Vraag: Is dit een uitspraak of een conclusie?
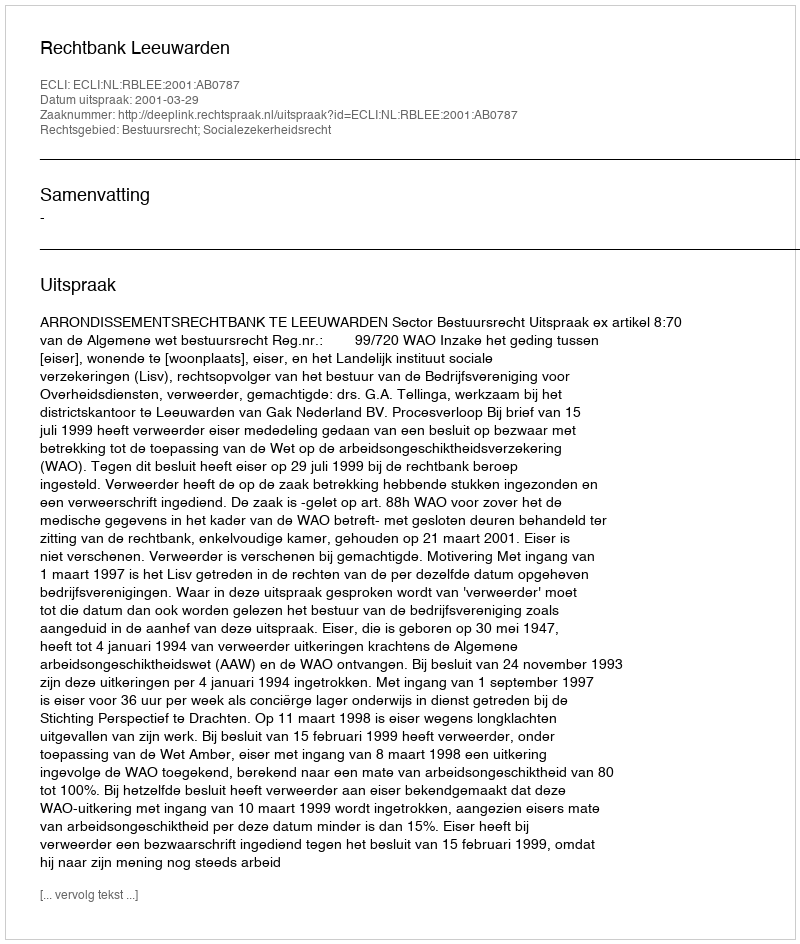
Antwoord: Uitspraak